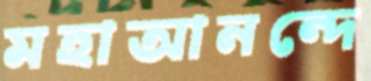
মহাআনন্দে